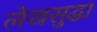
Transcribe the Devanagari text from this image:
लेखसुद्धा